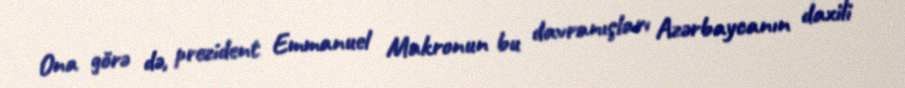
Ona görə də, prezident Emmanuel Makronun bu davranışları Azərbaycanın daxili